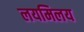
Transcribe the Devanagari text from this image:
लयमिलय